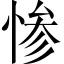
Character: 惨